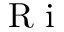
\textrm { R i }